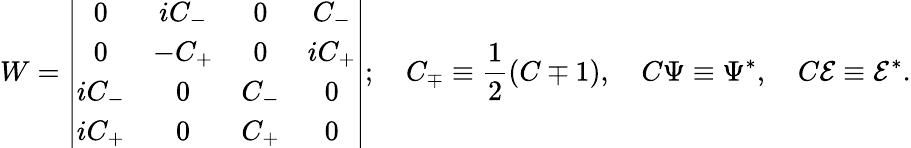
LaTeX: W=\left|\begin{array}{cccc}{{0}}&{{iC_{-}}}&{{0}}&{{C_{-}}}\\ {{0}}&{{-C_{+}}}&{{0}}&{{iC_{+}}}\\ {{iC_{-}}}&{{0}}&{{C_{-}}}&{{0}}\\ {{iC_{+}}}&{{0}}&{{C_{+}}}&{{0}}\end{array}\right|;\quad C_{\mp}\equiv\frac 12(C\mp 1),\quad C\Psi\equiv\Psi^{*},\quad C\mathcal{E}\equiv\mathcal{E}^{*}.